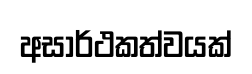
අසාර්ථකත්වයක්